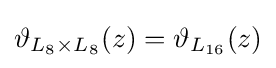
\vartheta _{L_{8}\times L_{8}}(z)=\vartheta _{L_{16}}(z)